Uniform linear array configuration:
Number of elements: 4
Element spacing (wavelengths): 0.5
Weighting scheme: cosine
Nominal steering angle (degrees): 30
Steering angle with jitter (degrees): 28.049
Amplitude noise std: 0.05
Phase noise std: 0.05

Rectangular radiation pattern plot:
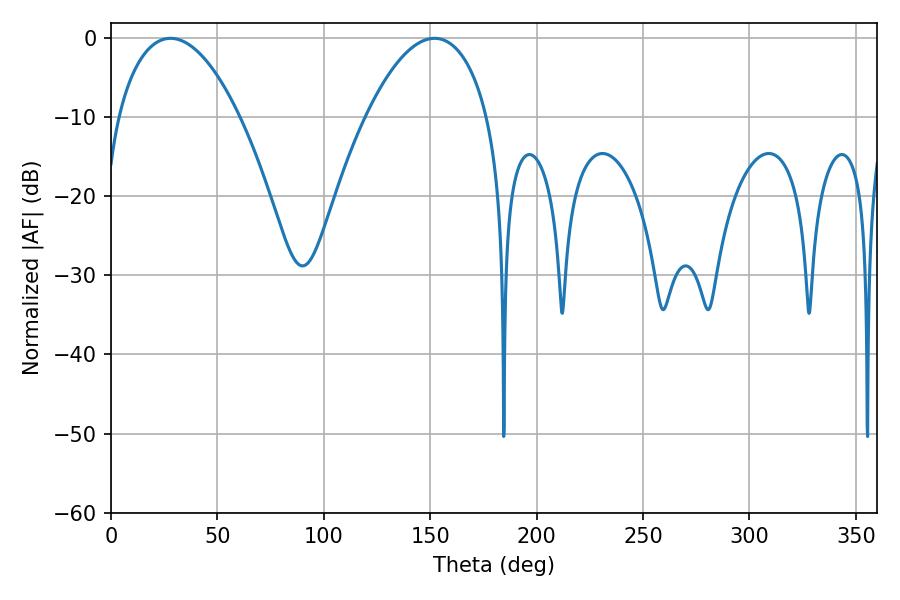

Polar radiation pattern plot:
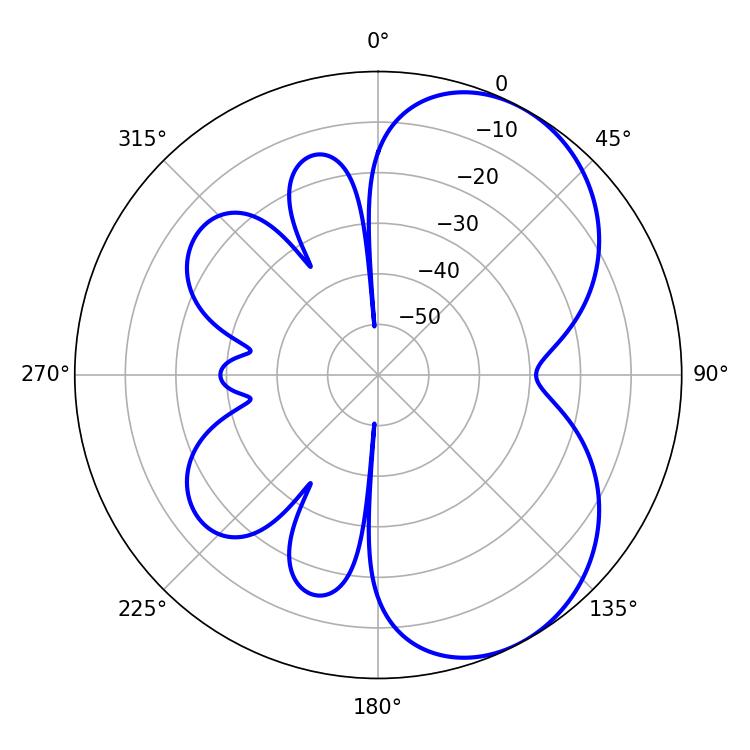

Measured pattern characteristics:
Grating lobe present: FALSE
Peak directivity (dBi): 5.547
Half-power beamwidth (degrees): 32.04
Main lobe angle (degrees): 27.9